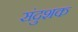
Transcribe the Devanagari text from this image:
संदुशक